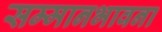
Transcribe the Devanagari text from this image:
सम्मानभावना